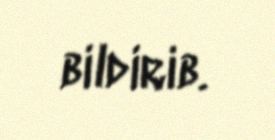
bildirib.